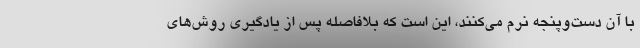
با آن دست‌وپنجه نرم می‌کنند، این است که بلافاصله پس از یادگیری روش‌های